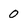
Character: 0